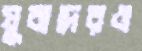
যুবাদেরও